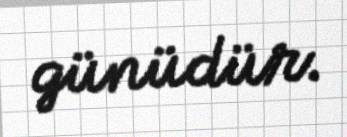
günüdür.